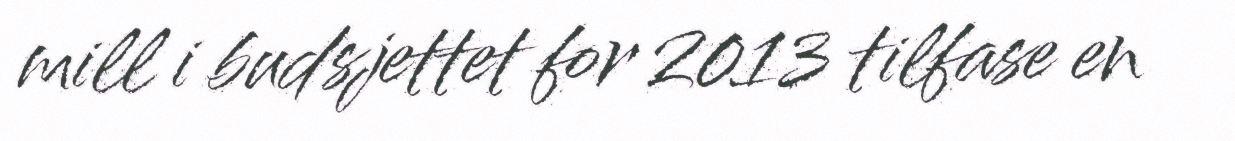
mill i budsjettet for 2013 tilfase en